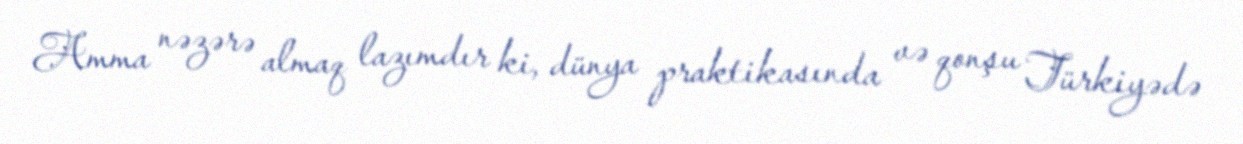
Amma nəzərə almaq lazımdır ki, dünya praktikasında və qonşu Türkiyədə